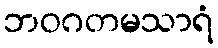
ဘဝဂတမသာရံ